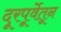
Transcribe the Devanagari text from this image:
दूरपूर्वेतून